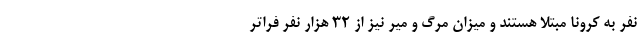
نفر به کرونا مبتلا هستند و میزان مرگ و میر نیز از ۳۲ هزار نفر فراتر